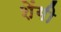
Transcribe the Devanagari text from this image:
शेंगी